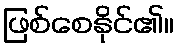
ဖြစ်စေနိုင်၏။